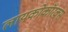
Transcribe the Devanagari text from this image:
लायकोकॉरक्स